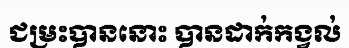
ជម្រះបាននោះ បានដាក់កង្វល់